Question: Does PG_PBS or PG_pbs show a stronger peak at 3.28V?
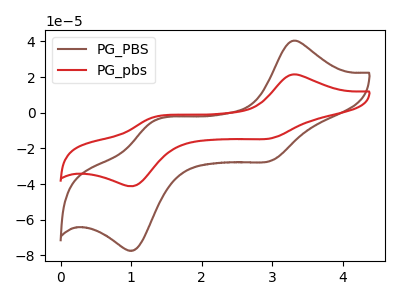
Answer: <think>The brown curve "PG_PBS" has anodic peaks at (3.30V, 40.25uA) (1.30V, -4.85uA) and cathodic peaks at (3.00V, -26.90uA) (1.05V, -76.95uA). The red curve "PG_pbs" has anodic peaks at (3.30V, 21.40uA) (1.30V, -2.60uA) and cathodic peaks at (3.00V, -14.35uA) (1.05V, -40.95uA).</think>
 <answer>The peak at 3.28V is higher in "PG_PBS" than in "PG_pbs".</answer>
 <eval>higher</eval>